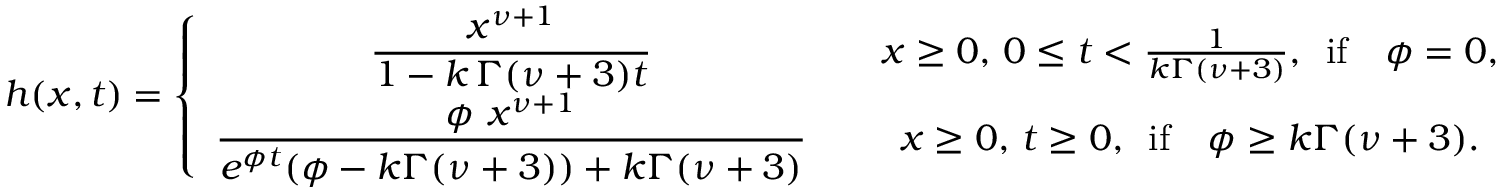
h ( x , t ) = \left\{ \begin{array} { c c } { \displaystyle \frac { x ^ { \nu + 1 } } { 1 - k \, \Gamma ( \nu + 3 ) t } } & { \quad x \geq 0 , \, 0 \leq t < \frac { 1 } { k \Gamma ( \nu + 3 ) } , \, \, \, \mathrm { i f } \quad \phi = 0 , } \\ { \displaystyle \frac { \phi \ x ^ { \nu + 1 } } { e ^ { \phi t } ( \phi - k \Gamma ( \nu + 3 ) ) + k \Gamma ( \nu + 3 ) } } & { \quad x \geq 0 , \, t \geq 0 , \, \, \, \mathrm { i f } \quad \phi \geq k \Gamma ( \nu + 3 ) . } \end{array} \right.